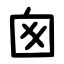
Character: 囪